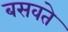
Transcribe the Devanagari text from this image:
बसवते